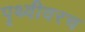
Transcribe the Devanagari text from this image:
पृथ्वीवरच